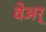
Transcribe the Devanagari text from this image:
वेअर्